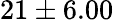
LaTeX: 21\pm 6.00